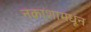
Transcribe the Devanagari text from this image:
नकाशामधून